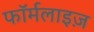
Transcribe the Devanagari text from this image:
फॉर्मलाइज़